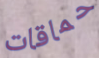
حماقات